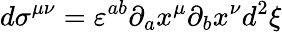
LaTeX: d\sigma^{\mu\nu}=\varepsilon^{ab}\partial_{a}x^{\mu}\partial_{b}x^{\nu}d^{2}\xi